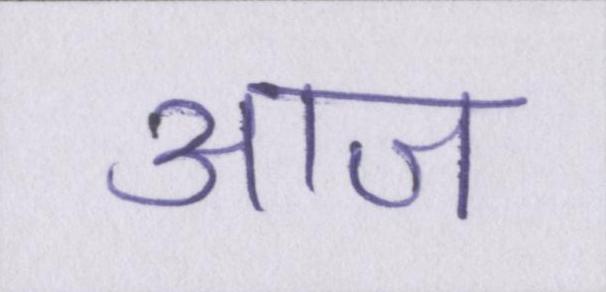
आज